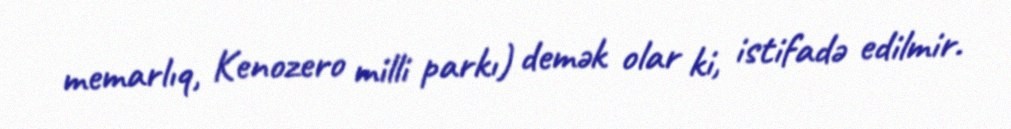
memarlıq, Kenozero milli parkı) demək olar ki, istifadə edilmir.